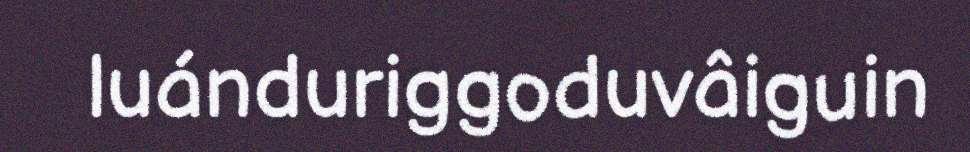
luánduriggoduvâiguin